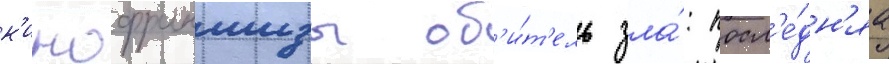
к'инофраншизы об'и́т'ель зла́: посл'е́дн'яа